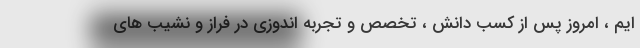
ایم ، امروز پس از کسب دانش ، تخصص و تجربه اندوزی در فراز و نشیب های